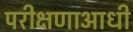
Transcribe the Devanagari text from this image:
परीक्षणाआधी